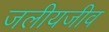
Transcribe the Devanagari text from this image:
जलीयजीव